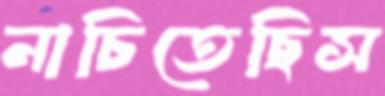
নাচিতেছিস